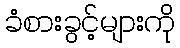
ခံစားခွင့်များကို